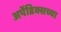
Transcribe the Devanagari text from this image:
अपेंडिक्सच्या